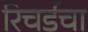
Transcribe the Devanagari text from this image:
रिचर्डचा